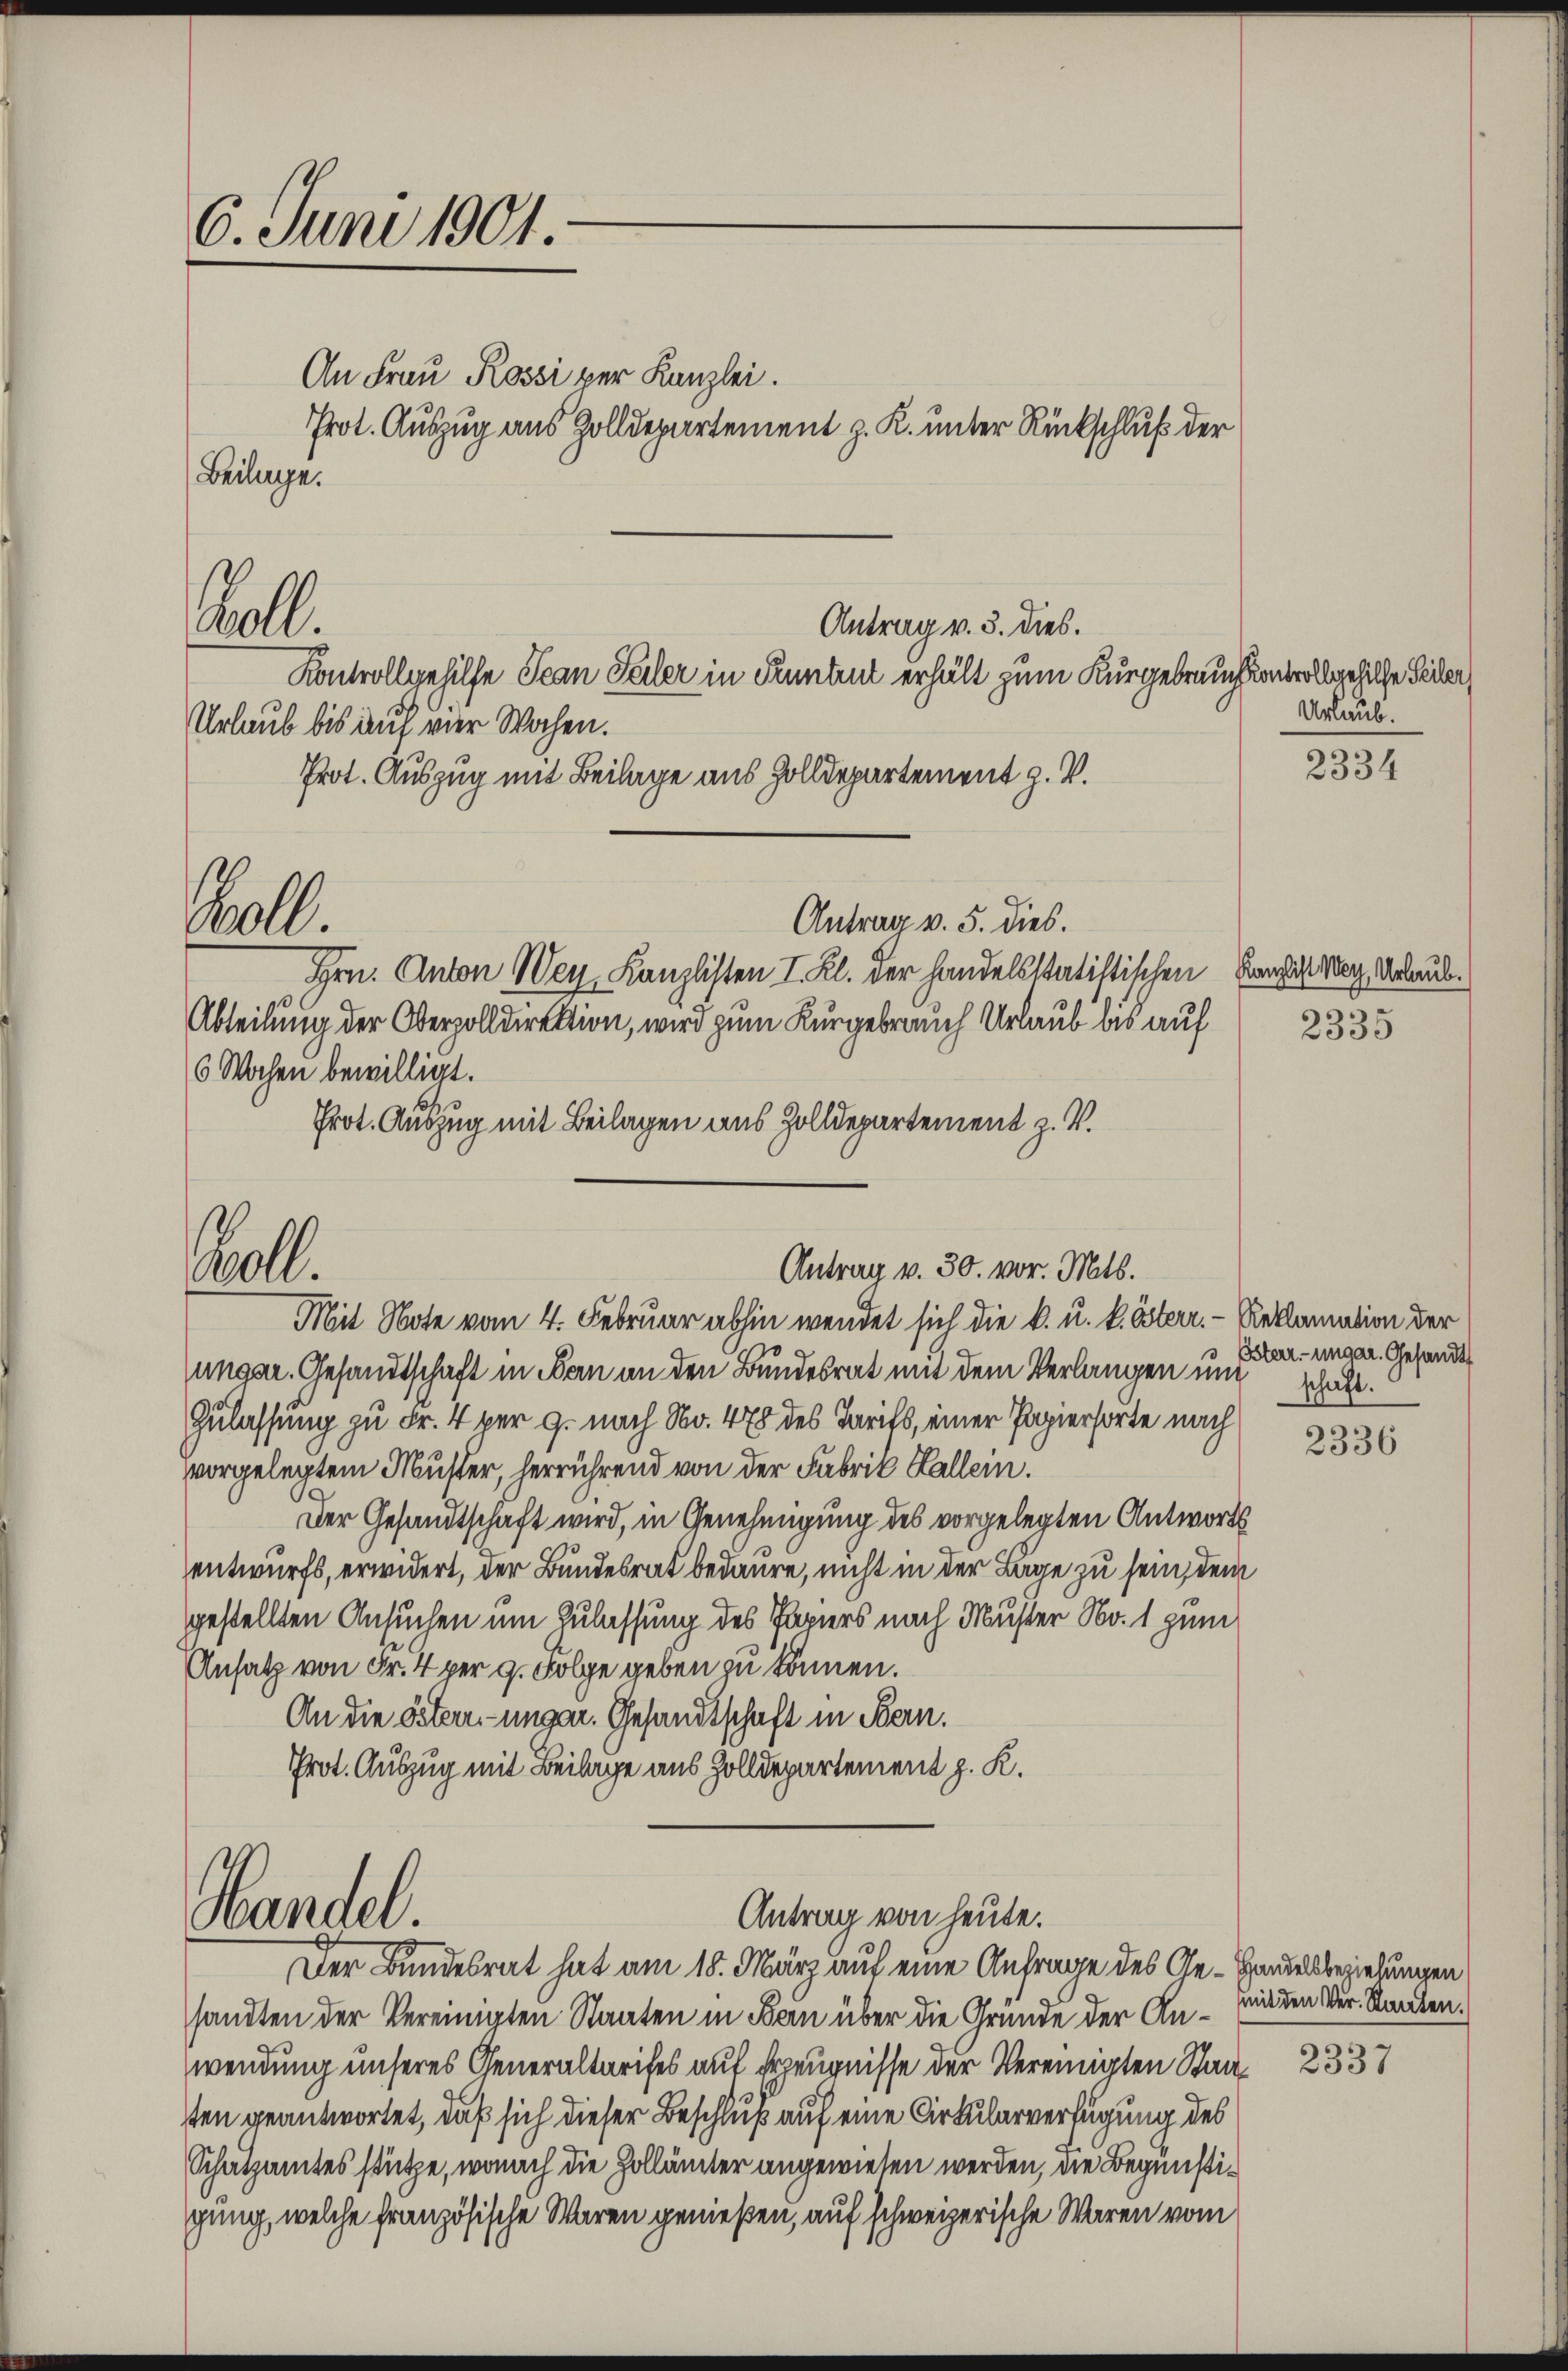
6. Juni 1901

An Frau Rossi per Kanzlei.
Prot. Auszug aus Zolldepartement z. K. unter Rückschluß der
Beilage.
Kontrollgehilfe Jean Teiler in Pruntrut erhält zum Kurgebrauch kontroll gehilfe Seiler,
Urlaub bis auf vier Wochen.
Prot. Auszug mit Beilage aus Zolldepartement z. B.
Antrag v. 5. dies.
Hrn. Anton Wey Kanzlisten I. Kl. der handelsstatistischen Kanzlist Mag, Verlaub¬
Abteilung der Oberzolldirektion, wird zum Kurgebrauch Urlaub bis auf 2335
6 Wochen bewilligt.
Prot. Auszug mit Beilagen aus Zolldepartement z. V.
Mit Note vom 4. Februar abhin wendet sich die k. u. k. österr. - Reklamation der
ungar. Gesandtschaft in Man an den Bundesrat mit dem Verlangen und schaft.
Zulassung zu Fr. 4 per g. nach No. 478 des Tarifs, einer Papiersorte nach
vorgelegtem Muster, herrührend von der Fabrik Hallein.
Der Gesandtschaft wird, in Genehmigung des vorgelegten Antworts
entwurfs, erwidert, der Bundesrat bedaure, nicht in der Lage zu sein, den
gestellten Ansuchen um Zulassung des Papiers nach Muster No. 1 zum
Ansatz von Fr. 4 per 9. Folge geben zu können.
An die österr.-ungar. Gesandtschaft in Bern,
Prot. Auszug mit Beilage aus Zolldepartement z. K.
Handel.
Antrag von heute.
Der Bundesrat hat am 18. März auf eine Anfrage des Ge- Handelsbeziehungen
sandten der Vereinigten Staaten in Bern über die Grunde der Anwendung unseres Generaltarifes auf Erzeugnisse der Vereinigten Staaten geantwortet, daß sich dieser Beschluß auf eine Cirkularverfügung des
Schatzamtes stütze, wonach die Zollämter angewiesen werden, die Begünstigung, welche französische Waren genießen, auf schweizerische Waren vom

oll.

.

00.

Antrag v. 3. dies.

Antrag v. 30. vor. Mts.

Urlaub.

2334

Esterr.-ungar. Gesandt

2336

mit den Ver- Stanten.

2337